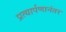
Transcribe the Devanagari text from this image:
प्रत्यार्पणानंतर